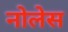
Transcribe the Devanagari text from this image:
नोलेस